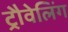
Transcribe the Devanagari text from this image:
ट्रौवेलिंग